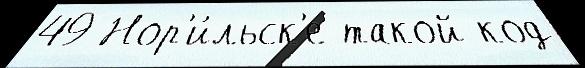
49 Нор'и́льск'е такой код